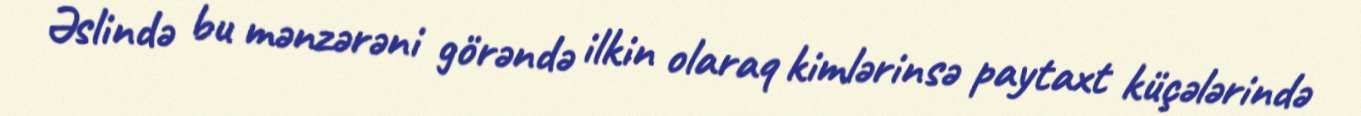
Əslində bu mənzərəni görəndə ilkin olaraq kimlərinsə paytaxt küçələrində